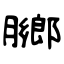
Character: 膷